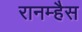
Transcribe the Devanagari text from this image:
रानम्हैस